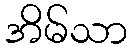
အိမ်သာ